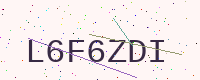
Text: L6F6ZDI